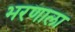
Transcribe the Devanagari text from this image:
भरणाला